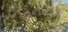
વિનાયક